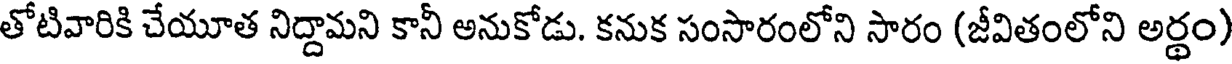
తోటివారికి చేయూత నిద్దామని కానీ అనుకోడు. కనుక సంసారంలోని సారం (జీవితంలోని అర్థం)